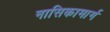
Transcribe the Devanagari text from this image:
नासिकामार्ग